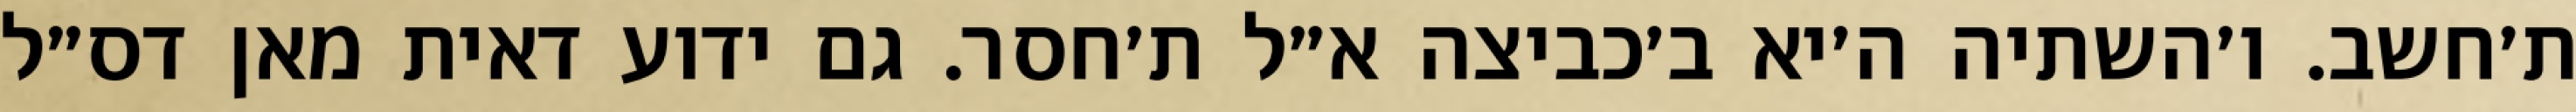
ת׳חשב. ו׳השתיה ה׳יא ב׳כביצה א״ל ת׳חסר. גם ידוע דאית מאן דס״ל